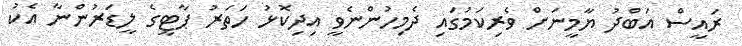
ރައީސް އަބްދު ޔާމީނަށް ވެރިކަމުގައި ދެމިހުންނެވީ އިދިކޮޅު ހަތަރު ޕާޓީގެ ލީޑަރުންނާ އެކު